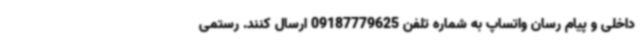
داخلی و پیام رسان واتساپ به شماره تلفن 09187779625 ارسال کنند. رستمی